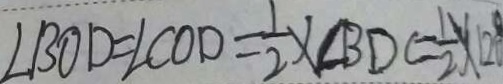
\angle B O D = \angle C O D = \frac { 1 } { 2 } \times \angle B D C = \frac { 1 } { 2 } \times 1 2 0